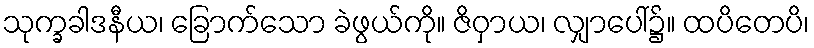
သုက္ခခါဒနီယ၊ ခြောက်သော ခဲဖွယ်ကို။ ဇိဝှာယ၊ လျှာပေါ်၌။ ထပိတေပိ၊